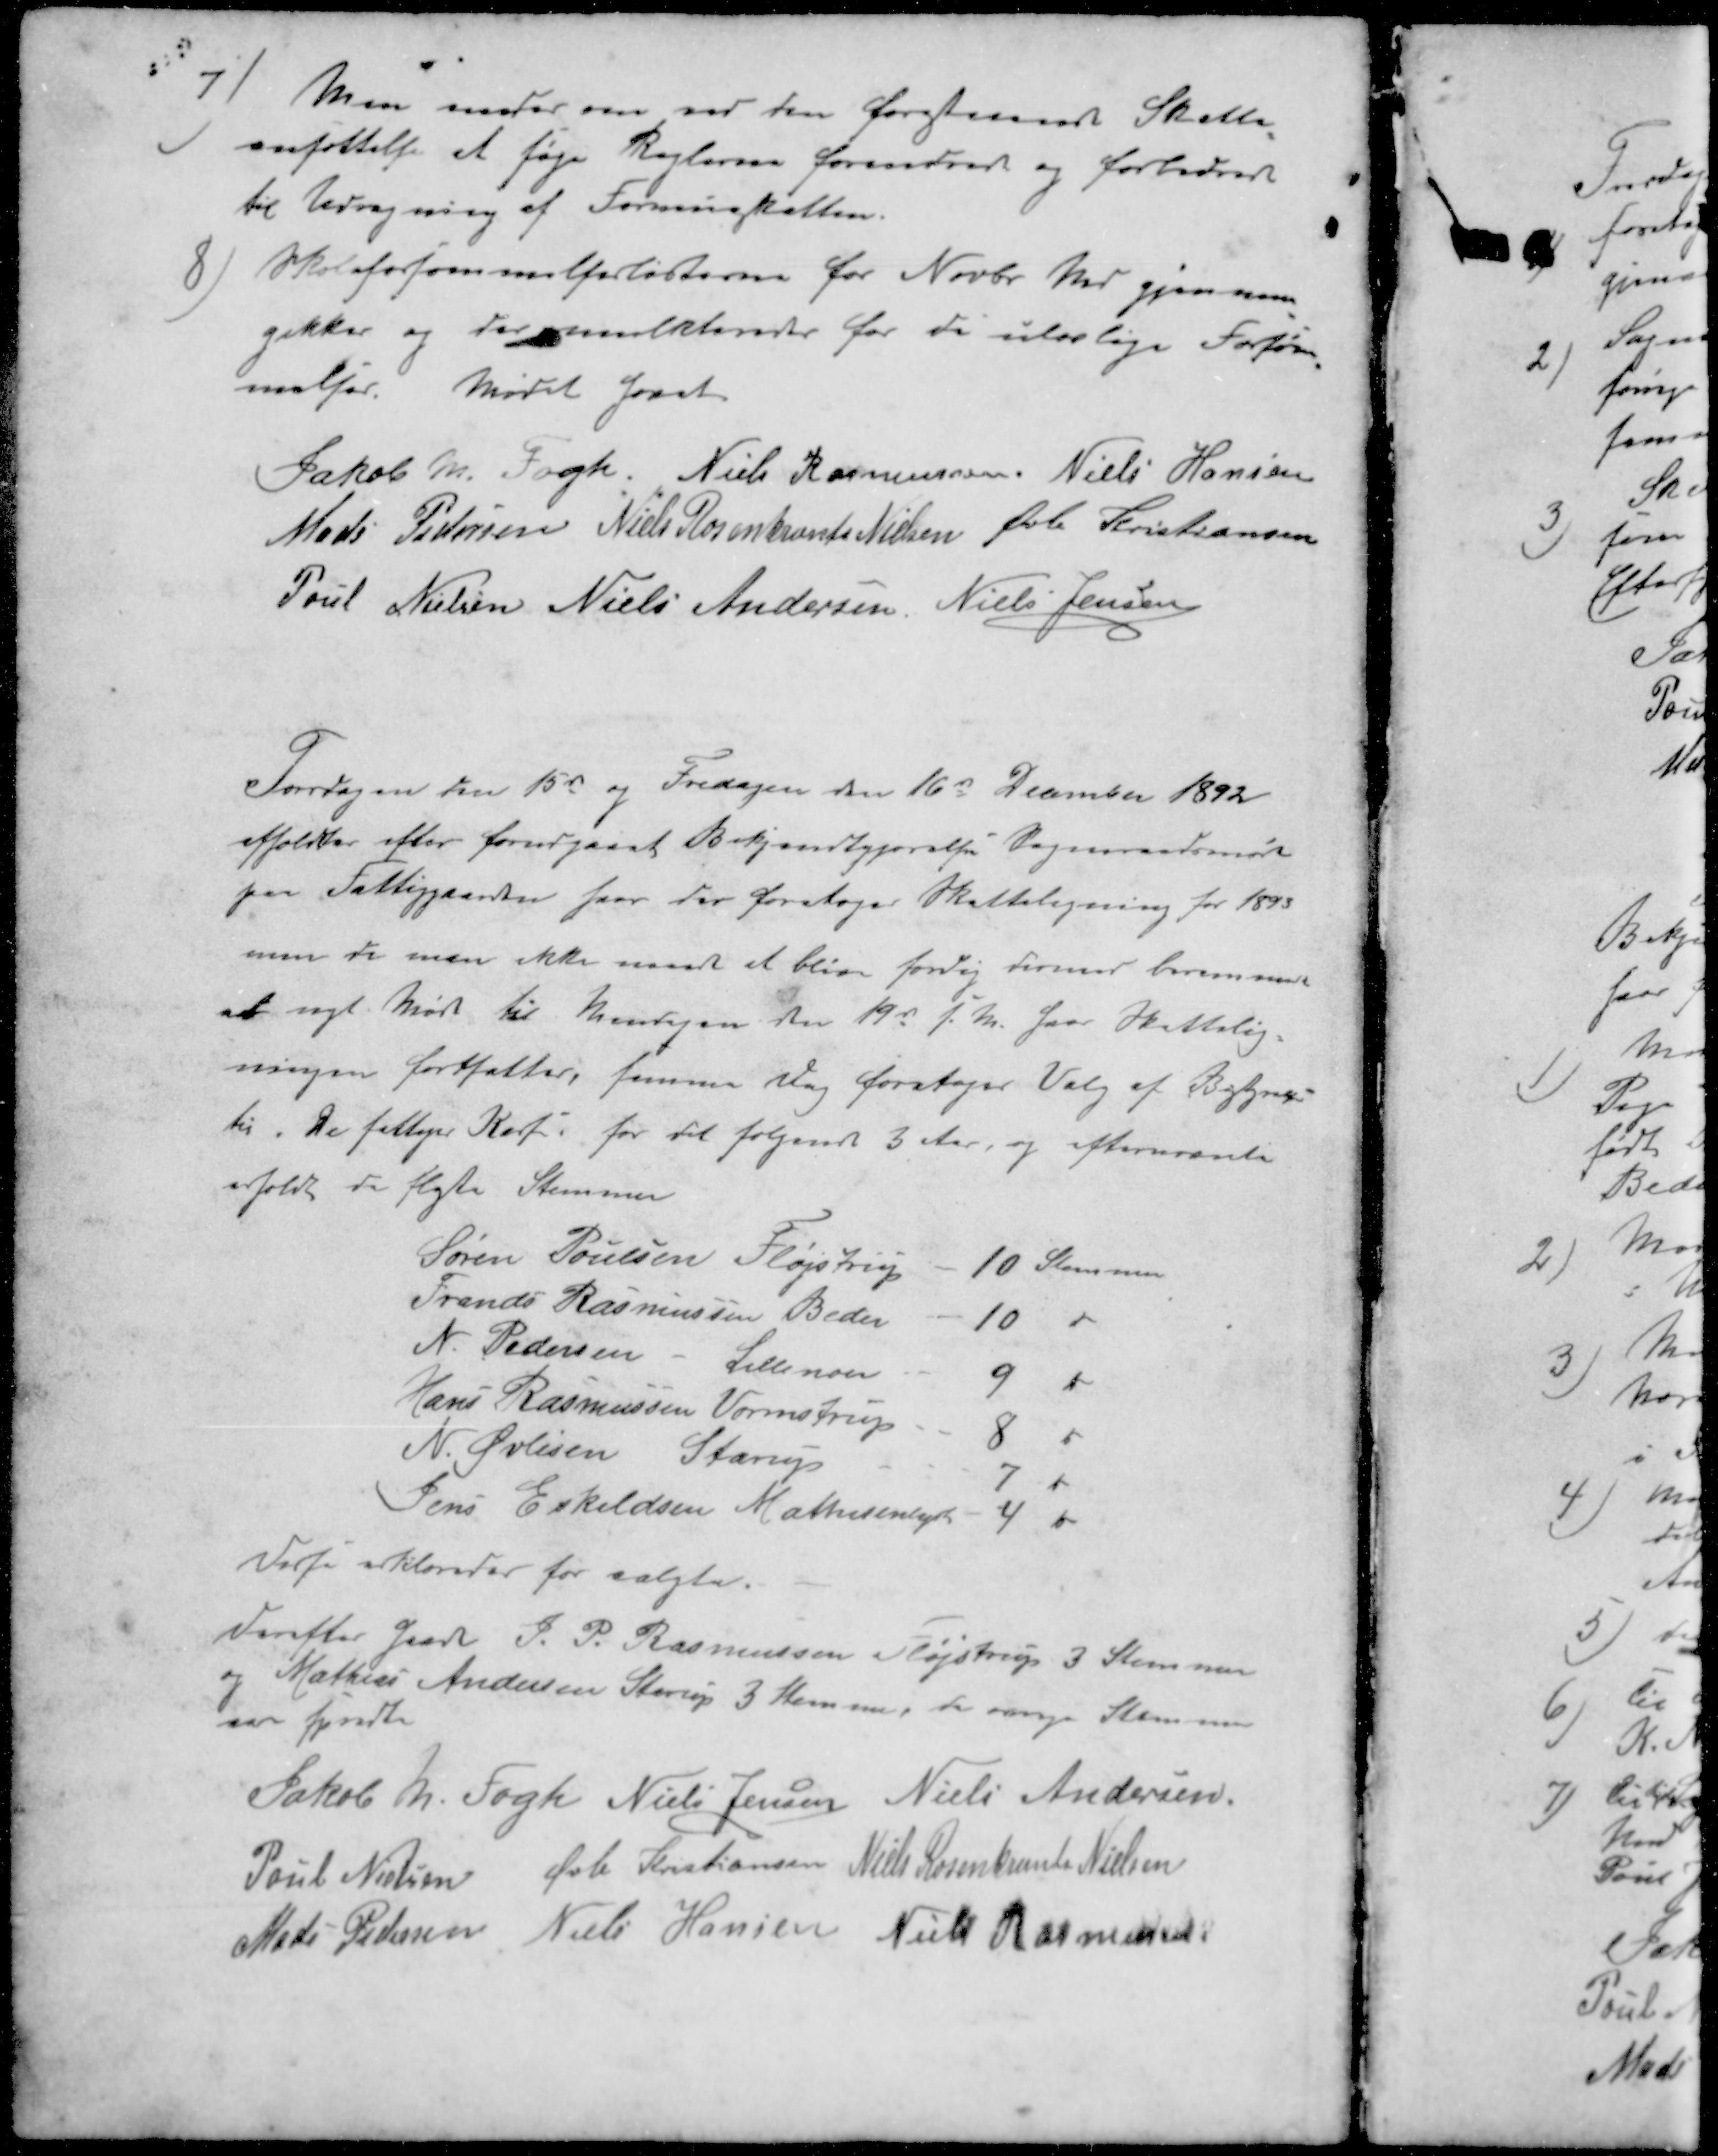
Transskription:
7 ) Man enedes om ved den forstaaende Skatte
ansættelse at søge Reglernes forandret og forbedret
til Udregning af Formueskatten.
8) Skoleforsømmelseslisterne for Novbr Md gjennem
gikkes og der mulkteredes for de ulovlige Forsør-
melser. Mødet hævet
Jakob M. Fogh
Niels Rasmussen
Niels Hansen
Mads Pedersen
Niels Rosenkrants Nielsen
Øvli Kristiansen
Poul Nielsen
Niels Andersen
Niels Jensen
Torsdagen der 15d og Fredagen den 16de December 1892
afholdtes efter forudgaaet Bekjendtgjørelse Sogneraadsmøde
paa Fattiggaarden hvor der foretoges Skatteligning for 1893
men da man ikke naaede at blive færdig hermed berammedes
at nyt Møde til Mandagen den 19d f.M. hvor Skattelig
ningen fortsætter, samme Dag foretages Valg af Bestyrelse
til. De fattiges Kasse, for det følgende 3 Aar, og efternævnte
erholdt de fleste Stemmer
Søren Poulsen Fløjstrup 10 Stemmer
Frands Rasmussen Beder 10 "
N. Pedersen - Lillenor 9 "
Hans Rasmussen Vormstrup 8 "
N. Øvlisen Starup 7 "
Jens Eskildsen Mathisenlys 4 "
Disse erklæredes for valgte.
Derefter Gdr P. P. Rasmussen Fløjstrup 3 Stemmer
og Mathias Andersen Starup 3 Stemmer, de øvrige Stemmer
var 
Jakob Kr. Fogh
Niels Jensen
Niels Andersen
Poul Nielsen
Øvli Kristiansen
Niels Rosenkrants Nielsen
Mads Pedersen
Niels Hansen
Niels Rasmussen